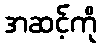
အဆင့်ကို